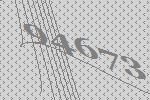
94673